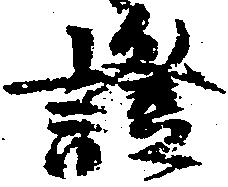
証